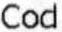
COD